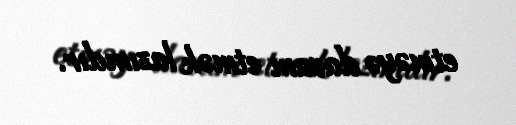
etməyə davam etmək lazımdır.